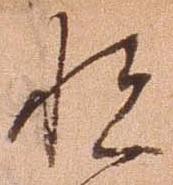
悦